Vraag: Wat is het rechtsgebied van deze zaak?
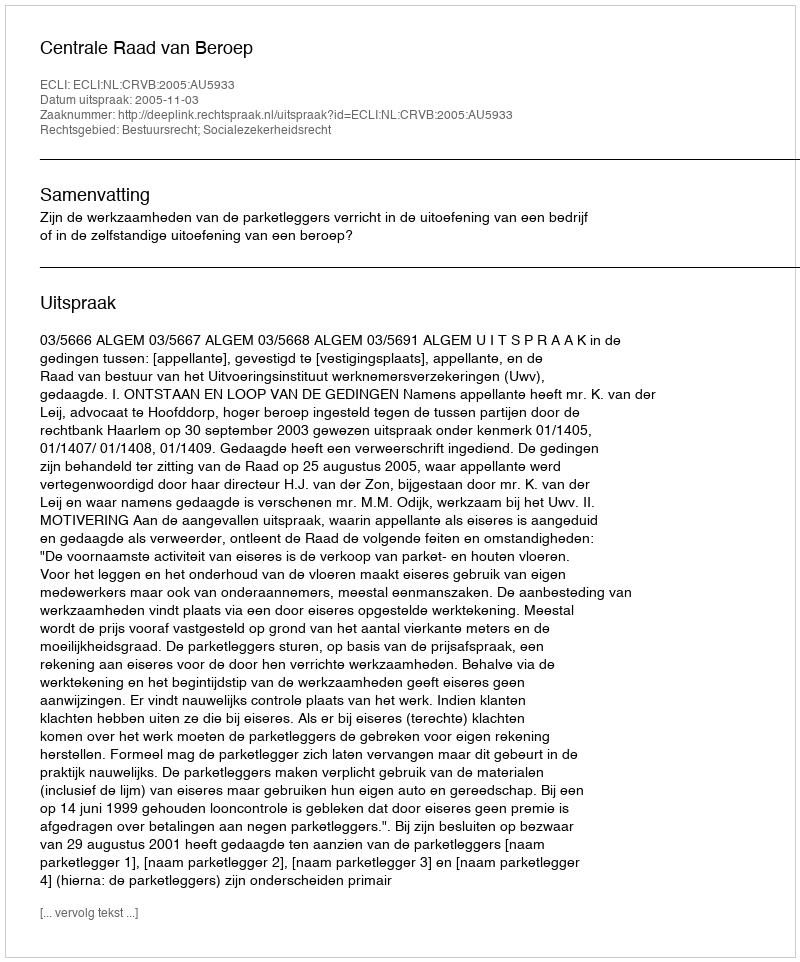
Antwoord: Bestuursrecht; Socialezekerheidsrecht